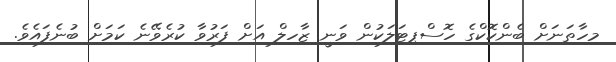
މިހާތަނަށް ބެންކޮކްގެ ހޮސްޕިޓަލަކުން ވަނީ ޒާހިލް އަށް ފަރުވާ ކުރެވޭނެ ކަމަށް ބުނެފައެވެ.